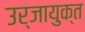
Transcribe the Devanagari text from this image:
उर्जायुक्त